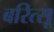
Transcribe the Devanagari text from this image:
बरित्सू